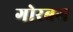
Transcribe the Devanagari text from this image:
गोरबग